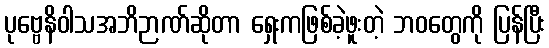
ပုဗ္ဗေနိဝါသအဘိဉာဏ်ဆိုတာ ရှေးကဖြစ်ခဲ့ဖူးတဲ့ ဘဝတွေကို ပြန်ပြီး